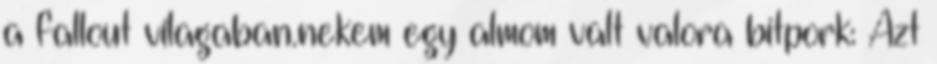
a fallout vilagaban.nekem egy almom valt valora bitpork: Azt